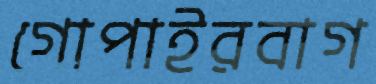
গোপাইরবাগ